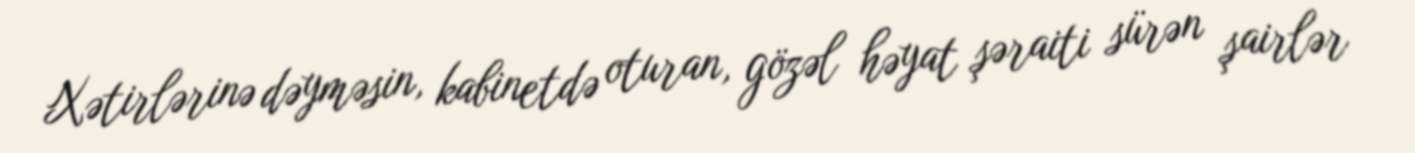
Xətirlərinə dəyməsin, kabinetdə oturan, gözəl həyat şəraiti sürən şairlər